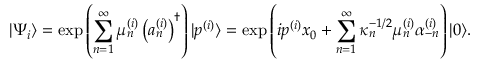
| \Psi _ { i } \rangle = \exp \left( \sum _ { n = 1 } ^ { \infty } \mu _ { n } ^ { ( i ) } \left( a _ { n } ^ { ( i ) } \right) ^ { \dagger } \right) | p ^ { ( i ) } \rangle = \exp \left( i p ^ { ( i ) } x _ { 0 } + \sum _ { n = 1 } ^ { \infty } \kappa _ { n } ^ { - 1 / 2 } \mu _ { n } ^ { ( i ) } \alpha _ { - n } ^ { ( i ) } \right) | 0 \rangle .